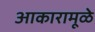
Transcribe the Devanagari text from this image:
आकारामूळे